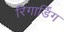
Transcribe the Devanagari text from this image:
रिगार्डिंग